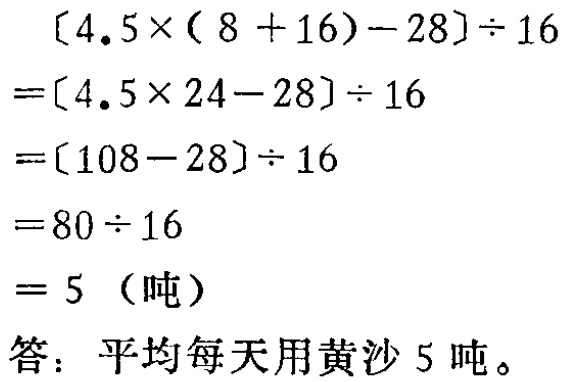
\[
\begin{align*}
&[4.5\times(8 + 16)-28]\div16\\
=&[4.5\times24 - 28]\div16\\
=&[108 - 28]\div16\\
=&80\div16\\
=&5\ (\text{吨})
\end{align*}
\]
答：平均每天用黄沙 5 吨。